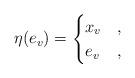
LaTeX: \begin{align*} \eta(e_{v})=\begin{cases} x_{v} &,\\ e_{v} &,\end{cases}\end{align*}